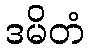
ဒမိတံ